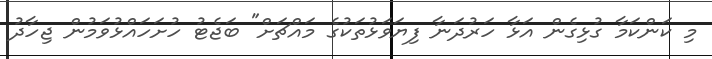
މި ކަންކަމާ ގުޅިގެން އަޅާ ހަރުދަނާ ފިޔަވަޅުތަކުގެ މައްޗަށް" ބަޖެޓު ހުށަހައްޅުވަމުން ޖިހާދު